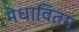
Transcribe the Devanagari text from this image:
मेधावितम